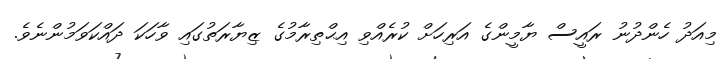
މިއަދު ހެންދުނު ރައީސް ޔާމީންގެ އަރިހަށް ކުރެއްވި އިޙްތިރާމުގެ ޒިޔާރަތުގައި ވާހަކަ ދައްކަވަމުންނެވެ.